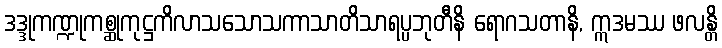
ဒဒ္ဒုကဏ္ဍုကစ္ဆုကုဋ္ဌကိလာသသောသကာသာတိသာရပ္ပဘုတီနိ ရောဂသတာနိ, ဣဒမဿ ဖလန္တိ